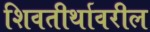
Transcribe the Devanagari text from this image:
शिवतीर्थावरील